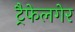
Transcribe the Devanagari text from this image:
ट्रैफेलगेर